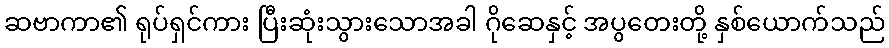
ဆဗာကာ၏ ရုပ်ရှင်ကား ပြီးဆုံးသွားသောအခါ ဂိုဆေနှင့် အပွတေးတို့ နှစ်ယောက်သည်